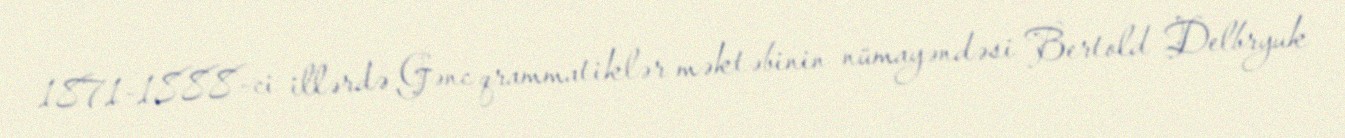
1871-1888-ci illərdə Gənc qrammatiklər məktəbinin nümayəndəsi Bertold Delbryuk